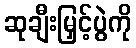
ဆုချီးမြှင့်ပွဲကို